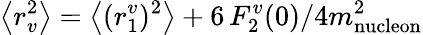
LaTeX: \left<r_{v}^{2}\right>=\left<(r_{1}^{v})^{2}\right>+6\, F_{2}^{v}(0)/4m_{\mathrm{nucleon}}^{2}